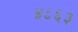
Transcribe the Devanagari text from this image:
४८६३